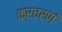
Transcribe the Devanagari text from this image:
करचरणं